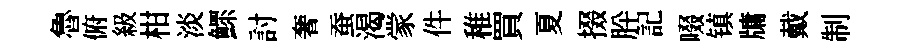
魯俯級柑淡鰥討奢蚕渴䝉件稚買夏掇肸記啜镇牗戴制